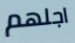
اجلهم